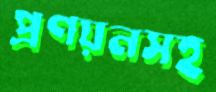
প্রণয়নসহ